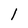
Character: l